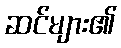
ဆင်များ၏